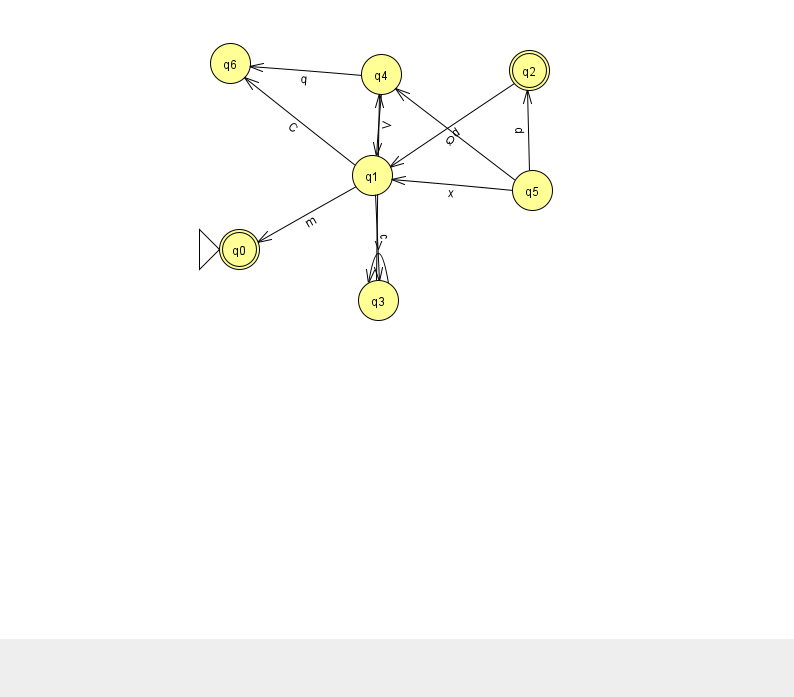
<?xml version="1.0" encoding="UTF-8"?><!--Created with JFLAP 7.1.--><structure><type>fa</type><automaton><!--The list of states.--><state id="0" name="q0"><x>239.0</x><y>236.0</y><initial/><final/></state><state id="1" name="q1"><x>372.0</x><y>162.0</y></state><state id="2" name="q2"><x>529.0</x><y>57.0</y><final/></state><state id="3" name="q3"><x>378.0</x><y>287.0</y></state><state id="4" name="q4"><x>381.0</x><y>61.0</y></state><state id="5" name="q5"><x>532.0</x><y>177.0</y></state><state id="6" name="q6"><x>230.0</x><y>50.0</y></state><!--The list of transitions.--><transition><from>4</from><to>6</to><read>q</read></transition><transition><from>1</from><to>6</to><read>C</read></transition><transition><from>5</from><to>2</to><read>d</read></transition><transition><from>5</from><to>4</to><read>Q</read></transition><transition><from>2</from><to>1</to><read>d</read></transition><transition><from>1</from><to>3</to><read>c</read></transition><transition><from>4</from><to>1</to><read>V</read></transition><transition><from>1</from><to>0</to><read>m</read></transition><transition><from>3</from><to>3</to><read>V</read></transition><transition><from>3</from><to>4</to><read>k</read></transition><transition><from>5</from><to>1</to><read>x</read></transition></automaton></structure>